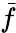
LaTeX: \bar{f}